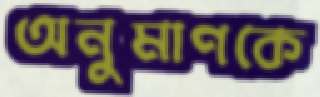
অনুমাণকে